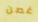
غصن